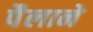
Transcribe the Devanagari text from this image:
पैलाने